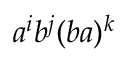
a ^ { i } b ^ { j } ( b a ) ^ { k }